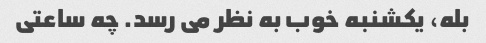
بله، یکشنبه خوب به نظر می رسد. چه ساعتی